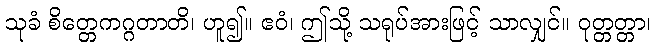
သုခံ စိတ္တေကဂ္ဂတာတိ၊ ဟူ၍။ ဧဝံ၊ ဤသို့ သရုပ်အားဖြင့် သာလျှင်။ ဝုတ္တတ္တာ၊